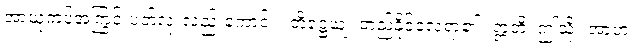
အာယုကပ်အကြွင်းပတ်လုံးလည်းကောင်း။ တိဋ္ဌေယျ၊ တည်နိုင်လေရာ၏။ ဣတိ၊ ဤသို့။ အာဟ၊